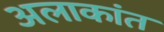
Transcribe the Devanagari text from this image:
अलाकांत